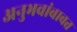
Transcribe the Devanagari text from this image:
अनुभवांबाबत